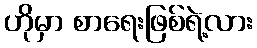
ဟိုမှာ စာရေးဖြစ်ရဲ့လား